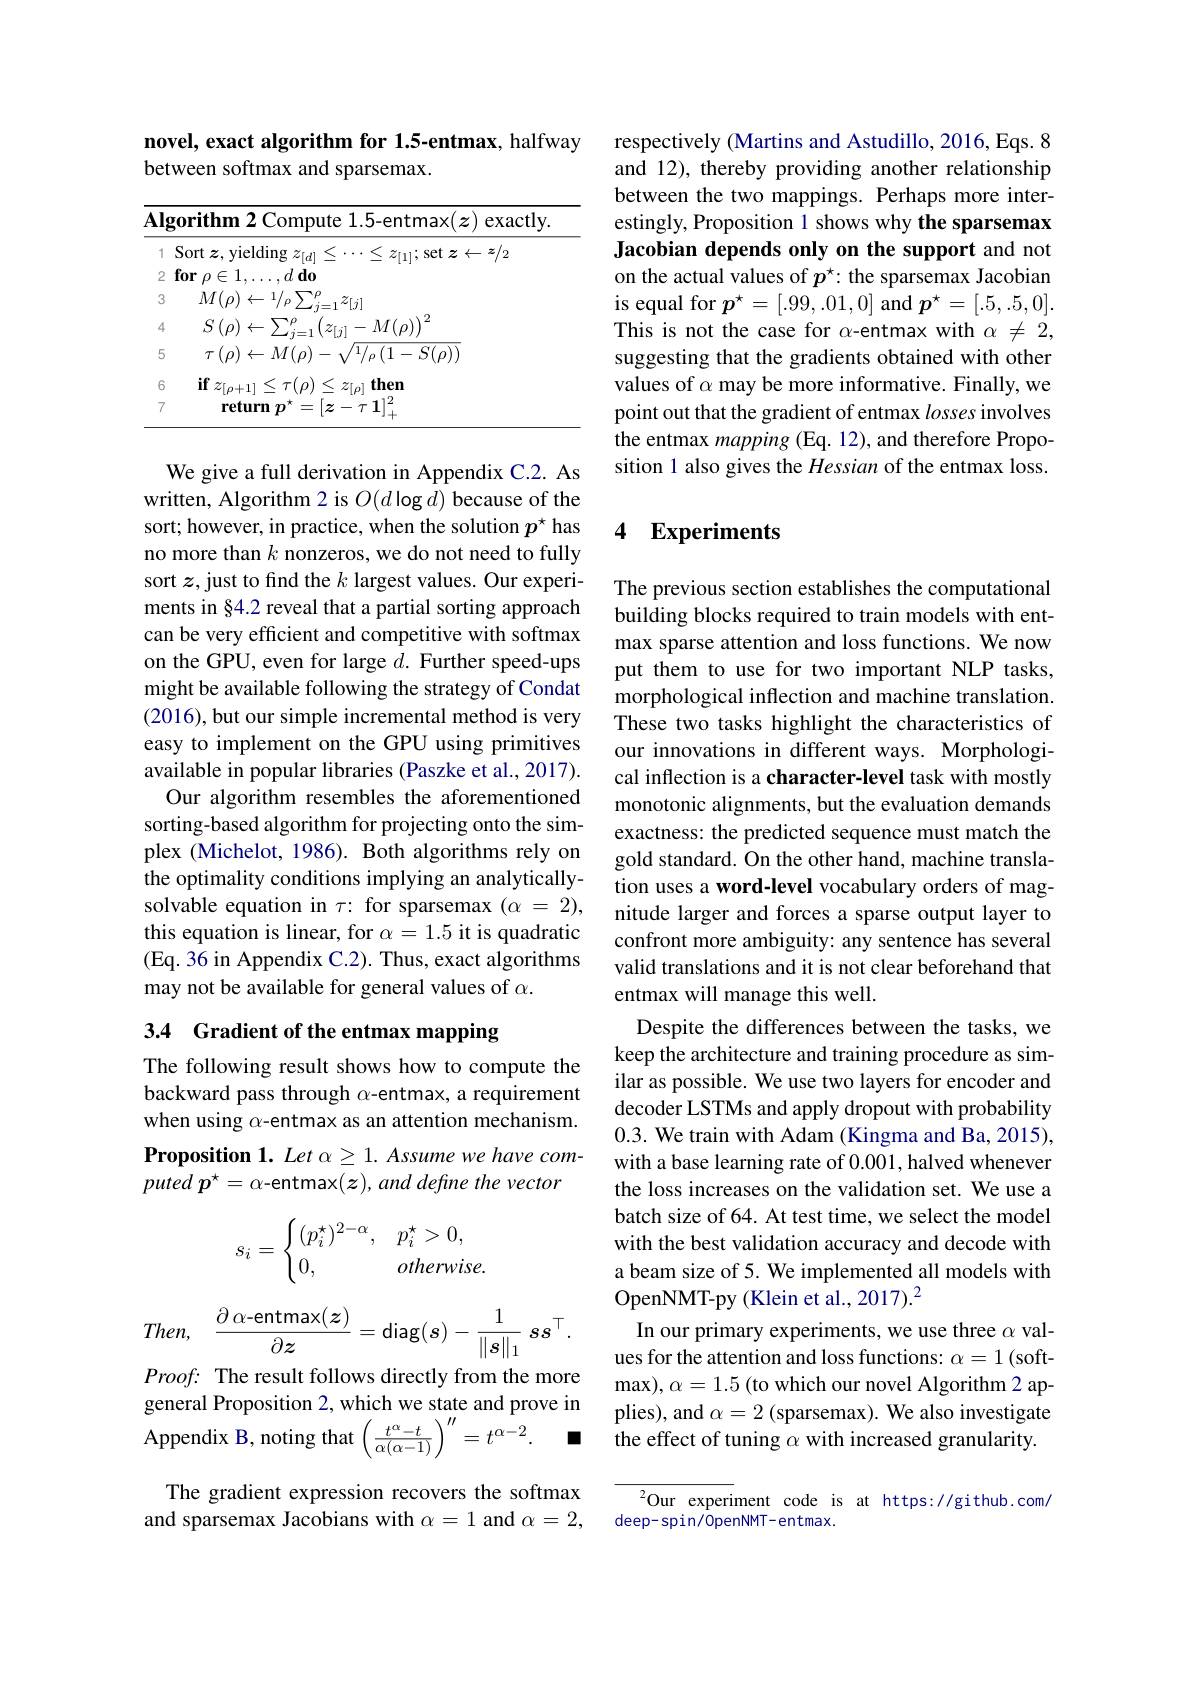
novel, exact algorithm for 1.5-entmax, halfway
between softmax and sparsemax.

<table>
	<tbody>
		<tr>
			<th>$\mathbf{Al}$</th>
			<th>$\mathbf{gorithm2Compute1.5}$-entmax$(\boldsymbol z)$ exactly</th>
		</tr>
		<tr>
			<td>1</td>
			<td>$\operatorname{Sort}\boldsymbol{z}$,yielding $z_[d]$ $<\ldots<z$ $z_{[1]};$ set $z\leftarrow\boldsymbol z/2$</td>
		</tr>
		<tr>
			<td>2</td>
			<td>$\textbf{for}\rho \in 1, \ldots , d\textbf{do}$</td>
		</tr>
		<tr>
			<td>3</td>
			<td>$M(\rho)\leftarrow1/\rho\sum_{j=1}^{\rho}z_{[j]}$</td>
		</tr>
		<tr>
			<td>4</td>
			<td>$S\left(\rho\right)\leftarrow\sum_{i=1}^{\rho}\left(z_{[j]}-M(\rho)\right)^{2}$</td>
		</tr>
		<tr>
			<td>5</td>
			<td>$\tau\left(\rho\right)\leftarrow M(\rho)-\sqrt{1}/_{\rho}\left(1-S(\rho)\right)$</td>
		</tr>
		<tr>
			<td>6</td>
			<td>then if</td>
		</tr>
		<tr>
			<td>7</td>
			<td>return 77 $.\tau1|^{2}$</td>
		</tr>
	</tbody>
</table>

We give a full derivation in Appendix C.2. As written, Algorithm 2 is $O(d\log d)$ because of the sort; however, in practice, when the solution $p^{\star}$ has no more than $k$ nonzeros, we do not need to fully sort $z$, just to find the $k$ largest values. Our experiments in §4.2 reveal that a partial sorting approach can be very efficient and competitive with softmax on the GPU, even for large $d.$ Further speed-ups might be available following the strategy of Condat (2016), but our simple incremental method is very easy to implement on the GPU using primitives available in popular libraries (Paszke et al., 2017).
Our algorithm resembles the aforementioned sorting-based algorithm for projecting onto the simplex (Michelot, 1986). Both algorithms rely on the optimality conditions implying an analyticallysolvable equation in $\tau{:}$ for sparsemax $(\alpha=2)$, this equation is linear, for $\alpha=1.5$ it is quadratic (Eq. 36 in Appendix C.2). Thus, exact algorithms may not be available for general values of $\alpha.$

## 3.4 Gradient of the entmax mapping

The following result shows how to compute the backward pass through $\alpha$-entmax, a requirement when using $\alpha$-entmax as an attention mechanism. Proposition 1. Let $\alpha \geq 1. \textit{Assume we have com- }$ puted $p^{\star }= \alpha$-entmax$( z) , and$ define the vector
$$s_i=\begin{cases}(p_i^\star)^{2-\alpha},&p_i^\star>0,\\0,&otherwis\end{cases}$$
$$Then,\quad\frac{\partial\:\alpha\text{-entmax}(\boldsymbol{z})}{\partial\boldsymbol{z}}=\text{diag}(\boldsymbol{s})-\frac{1}{\|\boldsymbol{s}\|_1}\:\boldsymbol{s}\boldsymbol{s}^\top.$$
$Proof{:}$ The result follows directly from the more general Proposition 2, which we state and prove in ${\mathrm{Appendix~B, ~noting~that}}\left ( \frac {t^{\alpha }- t}{\alpha ( \alpha - 1) }\right ) ^{\prime \prime }= t^{\alpha - 2}.$ The gradient expression recovers the softmax
and sparsemax Jacobians with $\alpha=1$ and $\alpha=2$,

respectively (Martins and Astudillo, 2016, Eqs. 8 and 12), thereby providing another relationship between the two mappings. Perhaps more interestingly, Proposition 1 shows why the sparsemax Jacobian depends only on the support and not on the actual values of $p^\star:$ the sparsemax Jacobian is equal for $p^\star=[.99,.01,0]$ and $p^\star=[.5,.5,0].$ This is not the case for $\alpha$-entmax with $\alpha\neq2$, suggesting that the gradients obtained with other values of $\alpha$ may be more informative. Finally, we point out that the gradient of entmax losses involves the entmax mapping (Eq. 12), and therefore Proposition 1 also gives the Hessian of the entmax loss.

### 4 $\mathbf{Experiments}$

The previous section establishes the computational building blocks required to train models with entmax sparse attention and loss functions. We now put them to use for two important NLP tasks, morphological inflection and machine translation. These two tasks highlight the characteristics of our innovations in different ways. Morphological inflection is a character-level task with mostly monotonic alignments, but the evaluation demands exactness: the predicted sequence must match the gold standard. On the other hand, machine translation uses a word-level vocabulary orders of magnitude larger and forces a sparse output layer to confront more ambiguity: any sentence has several valid translations and it is not clear beforehand that entmax will manage this well.
Despite the differences between the tasks, we keep the architecture and training procedure as similar as possible. We use two layers for encoder and decoder LSTMs and apply dropout with probability 0.3. We train with Adam (Kingma and Ba, 2015), with a base learning rate of 0.001, halved whenever the loss increases on the validation set. We use a batch size of 64. At test time, we select the model with the best validation accuracy and decode with a beam size of 5. We implemented all models with OpenNMT-py (Klein et al., 2017).$^{2}$
In our primary experiments, we use three $\alpha$ values for the attention and loss functions: $\alpha=1$ (softmax), $\alpha=1.5$ (to which our novel Algorithm 2 applies), and $\alpha=2$ (sparsemax). We also investigate the effect of tuning $\alpha$ with increased granularity.

${^{2}\text{Our experiment code is at https://github.com/}}$
deep-spin/0penNMT-entmax.